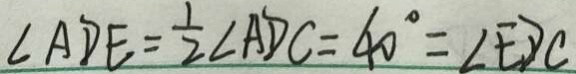
\angle A D E = \frac { 1 } { 2 } \angle A D C = 4 0 ^ { \circ } = \angle E D C